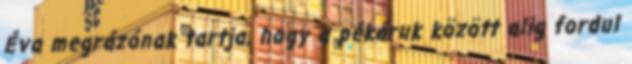
Éva megrázónak tartja, hogy a pékáruk között alig fordul